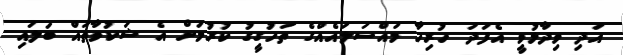
އަދި ވިދާޅުވީ އެފަދަ ހުރިހާ މައްސަލައެއްގެ ތަހުގީގު ކުރުމަށް އެ ޝަކުވާތައް ބަލައި